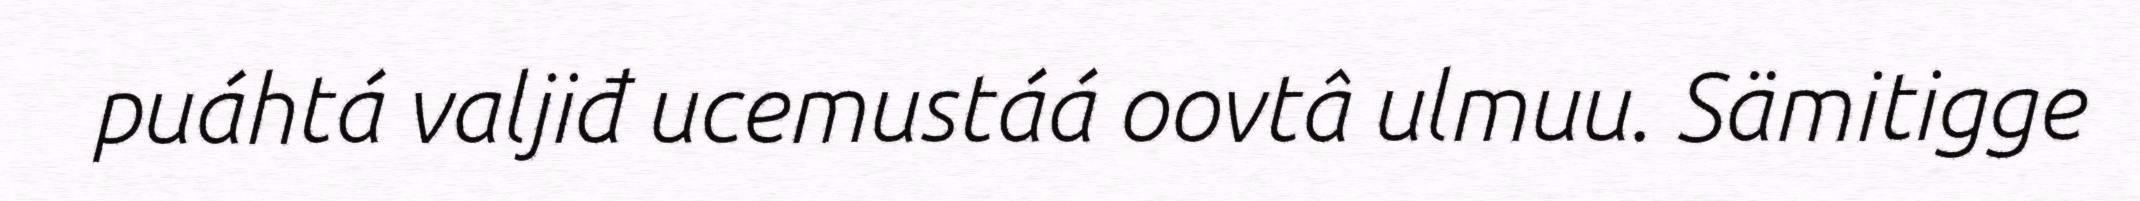
puáhtá valjiđ ucemustáá oovtâ ulmuu. Sämitigge